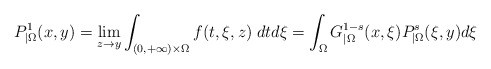
\begin{align*}P_{|\Omega}^1(x,y)=\lim_{z\to y}\int_{(0,+\infty)\times\Omega} f(t,\xi,z)\;dt d\xi = \int_{\Omega} G^{1-s}_{|\Omega}(x,\xi)P^s_{|\Omega}(\xi,y)d\xi\end{align*}